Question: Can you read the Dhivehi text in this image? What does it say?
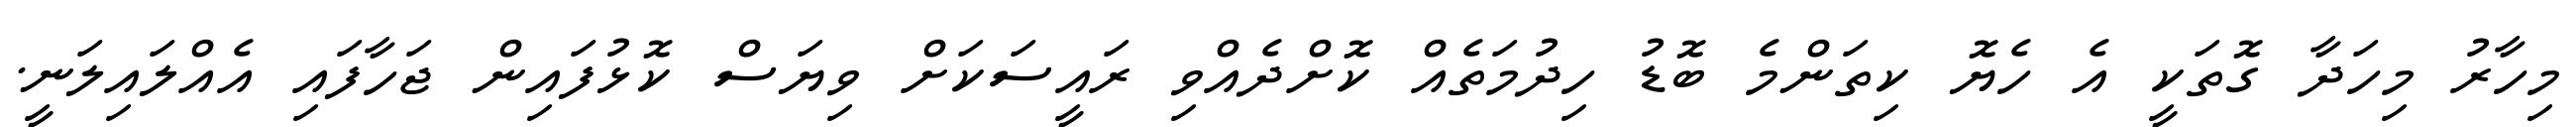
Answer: މިހާރު މިހަދާ ގޮތަކީ އެ ހެޔޮ ކިތަންމެ ބޮޑު ހިދުމަތެއް ކޮށްދެއްވި ރައީސަކަށް ވިޔަސް ކޮޅުފައިން ޖަހާފައި އެއްލައިލަނީ.